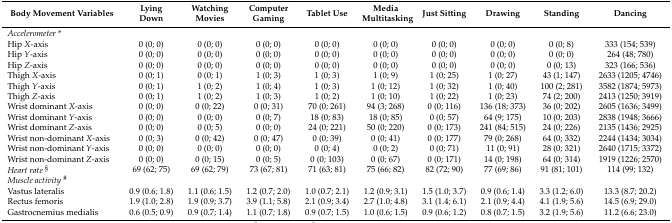
<table><thead><tr><td><b>Body Movement Variables</b></td><td><b>Lying Down</b></td><td><b>Watching Movies</b></td><td><b>Computer Gaming</b></td><td><b>Tablet Use </b></td><td><b>Media Multitasking</b></td><td><b>Just Sitting</b></td><td><b>Drawing</b></td><td><b>Standing</b></td><td><b>Dancing</b></td></tr></thead><tbody><tr><td><i>Accelerometer</i> * </td><td></td><td></td><td></td><td></td><td></td><td></td><td></td><td></td><td></td></tr><tr><td>Hip <i>X</i>-axis</td><td>0 (0; 0)</td><td>0 (0; 0)</td><td>0 (0; 0)</td><td>0 (0; 0)</td><td>0 (0; 0)</td><td>0 (0; 0)</td><td>0 (0; 0)</td><td>0 (0; 8)</td><td>333 (154; 539)</td></tr><tr><td>Hip <i>Y</i>-axis</td><td>0 (0; 0)</td><td>0 (0; 0)</td><td>0 (0; 0)</td><td>0 (0; 0)</td><td>0 (0; 0)</td><td>0 (0; 0)</td><td>0 (0; 0)</td><td>0 (0; 0)</td><td>264 (48; 780)</td></tr><tr><td>Hip <i>Z</i>-axis</td><td>0 (0; 0)</td><td>0 (0; 0)</td><td>0 (0; 0)</td><td>0 (0; 0)</td><td>0 (0; 0)</td><td>0 (0; 0)</td><td>0 (0; 0)</td><td>0 (0; 13)</td><td>323 (166; 536)</td></tr><tr><td>Thigh <i>X</i>-axis</td><td>0 (0; 1)</td><td>0 (0; 1)</td><td>1 (0; 3)</td><td>1 (0; 3)</td><td>1 (0; 9)</td><td>1 (0; 25)</td><td>1 (0; 27)</td><td>43 (1; 147)</td><td>2633 (1205; 4746)</td></tr><tr><td>Thigh <i>Y</i>-axis</td><td>0 (0; 1)</td><td>1 (0; 2)</td><td>1 (0; 4)</td><td>1 (0; 3)</td><td>1 (0; 12)</td><td>1 (0; 32)</td><td>1 (0; 40)</td><td>100 (2; 281)</td><td>3582 (1874; 5973)</td></tr><tr><td>Thigh <i>Z</i>-axis</td><td>0 (0; 1)</td><td>1 (0; 2)</td><td>1 (0; 3)</td><td>1 (0; 2)</td><td>1 (0; 10)</td><td>1 (0; 22)</td><td>1 (0; 23)</td><td>74 (2; 200)</td><td>2413 (1250; 3919)</td></tr><tr><td>Wrist dominant <i>X</i>-axis</td><td>0 (0; 0)</td><td>0 (0; 22)</td><td>0 (0; 31)</td><td>70 (0; 261)</td><td>94 (3; 268)</td><td>0 (0; 116)</td><td>136 (18; 373)</td><td>36 (0; 202)</td><td>2605 (1636; 3499)</td></tr><tr><td>Wrist dominant <i>Y</i>-axis</td><td>0 (0; 0)</td><td>0 (0; 0)</td><td>0 (0; 7)</td><td>18 (0; 83)</td><td>18 (0; 85)</td><td>0 (0; 57)</td><td>64 (9; 175)</td><td>10 (0; 203)</td><td>2838 (1948; 3666)</td></tr><tr><td>Wrist dominant <i>Z</i>-axis</td><td>0 (0; 0)</td><td>0 (0; 5)</td><td>0 (0; 0)</td><td>24 (0; 221)</td><td>50 (0; 220)</td><td>0 (0; 173)</td><td>241 (84; 515)</td><td>24 (0; 226)</td><td>2135 (1436; 2925)</td></tr><tr><td>Wrist non-dominant <i>X</i>-axis</td><td>0 (0; 3)</td><td>0 (0; 42)</td><td>0 (0; 47)</td><td>0 (0; 39)</td><td>0 (0; 41)</td><td>0 (0; 177)</td><td>79 (0; 268)</td><td>64 (0; 332)</td><td>2244 (1434; 3034)</td></tr><tr><td>Wrist non-dominant <i>Y</i>-axis</td><td>0 (0; 0)</td><td>0 (0; 0)</td><td>0 (0; 0)</td><td>0 (0; 4)</td><td>0 (0; 2)</td><td>0 (0; 71)</td><td>11 (0; 91)</td><td>28 (0; 321)</td><td>2640 (1715; 3372)</td></tr><tr><td>Wrist non-dominant <i>Z</i>-axis</td><td>0 (0; 0)</td><td>0 (0; 15)</td><td>0 (0; 5)</td><td>0 (0; 103)</td><td>0 (0; 67)</td><td>0 (0; 171)</td><td>14 (0; 198)</td><td>64 (0; 314)</td><td>1919 (1226; 2570)</td></tr><tr><td><i>Heart rate</i><sup>§</sup></td><td>69 (62; 75)</td><td>69 (62; 79)</td><td>73 (67; 81)</td><td>71 (63; 81)</td><td>75 (66; 82)</td><td>82 (72; 90)</td><td>77 (69; 86)</td><td>91 (81; 101)</td><td>114 (99; 132)</td></tr><tr><td><i>Muscle activity</i><sup>#</sup></td><td></td><td></td><td></td><td></td><td></td><td></td><td></td><td></td><td></td></tr><tr><td>Vastus lateralis</td><td>0.9 (0.6; 1.8)</td><td>1.1 (0.6; 1.5)</td><td>1.2 (0.7; 2.0)</td><td>1.0 (0.7; 2.1)</td><td>1.2 (0.9; 3.1)</td><td>1.5 (1.0; 3.7)</td><td>0.9 (0.6; 1.4)</td><td>3.3 (1.2; 6.0)</td><td>13.3 (8.7; 20.2)</td></tr><tr><td>Rectus femoris</td><td>1.9 (1.0; 2.8)</td><td>1.9 (0.9; 3.7)</td><td>3.9 (1.1; 5.8)</td><td>2.1 (0.9; 3.4)</td><td>2.7 (1.0; 4.8)</td><td>3.1 (1.4; 6.1)</td><td>2.1 (0.9; 4.4)</td><td>4.1 (1.9; 5.6)</td><td>14.5 (6.9; 29.0)</td></tr><tr><td>Gastrocnemius medialis</td><td>0.6 (0.5; 0.9)</td><td>0.9 (0.7; 1.4)</td><td>1.1 (0.7; 1.8)</td><td>0.9 (0.7; 1.5)</td><td>1.0 (0.6; 1.5)</td><td>0.9 (0.6; 1.2)</td><td>0.8 (0.7; 1.5)</td><td>3.2 (1.9; 5.6)</td><td>11.2 (6.6; 23.0)</td></tr></tbody></table>